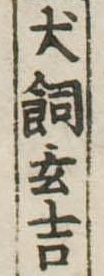
犬飼玄吉